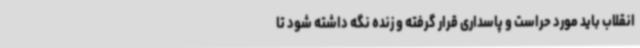
انقلاب باید مورد حراست و پاسداری قرار گرفته و زنده نگه داشته شود تا